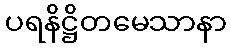
ပရနိဋ္ဌိတမေသာနာ